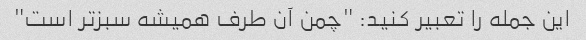
این جمله را تعبیر کنید: "چمن آن طرف همیشه سبزتر است"